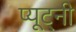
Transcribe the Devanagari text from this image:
प्यूट्नी